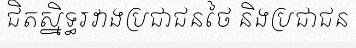
ជិតស្និទ្ធរវាងប្រជាជនថៃ និងប្រជាជន